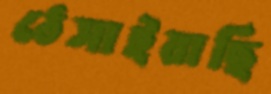
ঠেসাইয়াছি